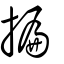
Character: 揙